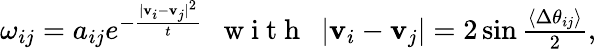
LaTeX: \begin{array}{r}{\omega_{ij}=a_{ij}e^{-\frac{|\mathbf{v}_{i}-\mathbf{v}_{j}|^{2}}{t}}\, \, \, \mathrm{~w~i~t~h~}\, \, \, |\mathbf{v}_{i}-\mathbf{v}_{j}|=2\sin\frac{\left<\Delta\theta_{ij}\right>}{2},}\end{array}